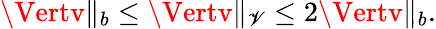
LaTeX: \Vertv\Vert_{b}\leq\Vertv\Vert_{\mathscr{V}}\leq2\Vertv\Vert_{b}.